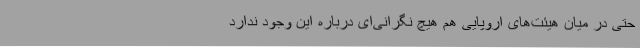
حتی در میان هیئت‌های اروپایی هم هیچ نگرانی‌ای درباره این وجود ندارد